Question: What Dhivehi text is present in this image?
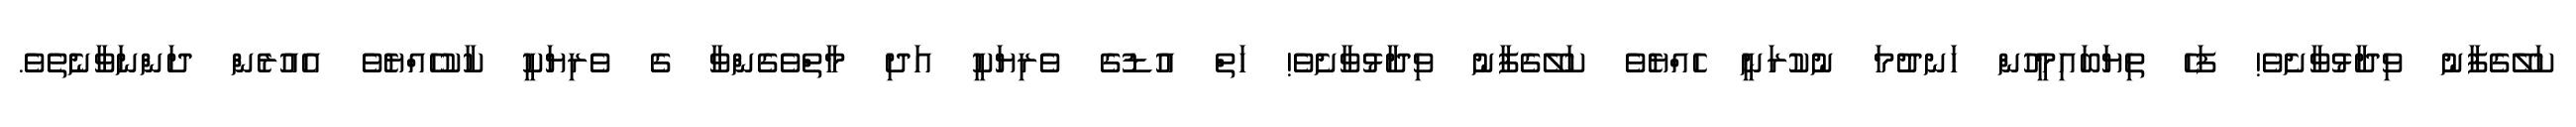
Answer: ކަލޭގެފާނު ވިދާޅުވާށެވެ! ފަހެ ތިޔަބައިމީހުން ހަނދުމަ ނުކުރަނީ ހެއްޔެވެ ކަލޭގެފާނު ވިދާޅުވާށެވެ! ހަތް އުޑުގެ ވެރިޔަކީ އަދި މާތްވެގެންވާ ގެ ވެރިޔަކީ ކާކުހެއްޔެވެ އެއުރެން ދަންނަވާނެތެވެ.